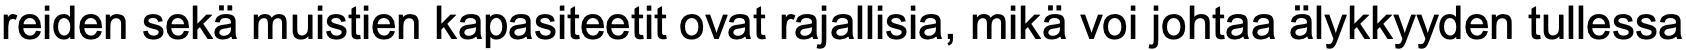
reiden sekä muistien kapasiteetit ovat rajallisia, mikä voi johtaa älykkyyden tullessa